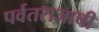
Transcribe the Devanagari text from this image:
पर्वतराजाची